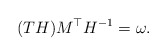
\begin{align*}(TH)M^\top H^{-1}=\omega.\end{align*}